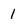
Character: 1